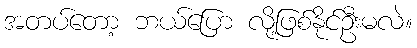
အတပ်တော့ ဘယ်ပြော လို့ဖြစ်နိုင်ဦးမလဲ။